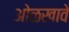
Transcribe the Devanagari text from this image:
ओळखावे